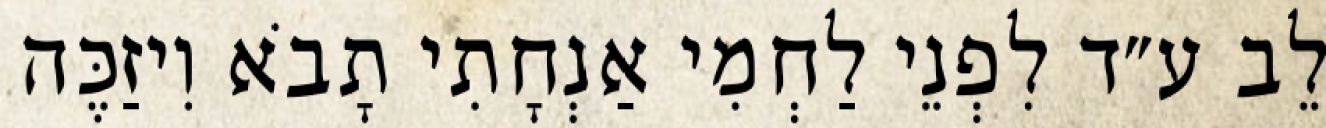
לֵב ע״ד לִפְנֵי לַחְמִי אַנְחָתִי תָבֹא וִיזַכֶּה